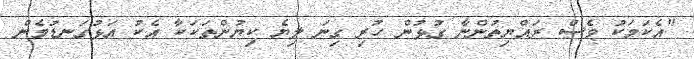
"އެކަމަކު ވެސް ރައްޔިތުންނާ ގުޅުން ހުރި ގިނަ ލިޔެ ކިޔުންތަކަކާ އެކު އަޅުގަނޑުމެން